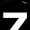
Digit: 7